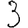
Digit: 3